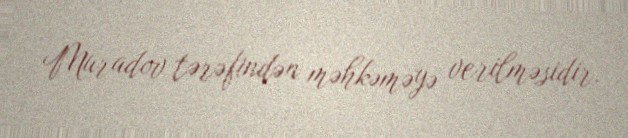
Muradov tərəfindən məhkəməyə verilməsidir.